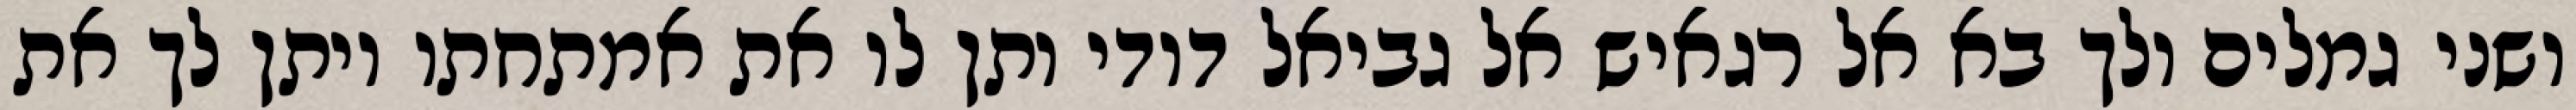
ושני גמלים ולך בא אל רגאיש אל גביאל דודי ותן לו את אמתחתו ויתן לך את